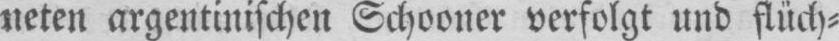
neten argentinischen Schooner verfolgt und flüch⸗